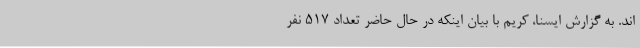
اند. به گزارش ایسنا، کریم با بیان اینکه در حال حاضر تعداد 517 نفر